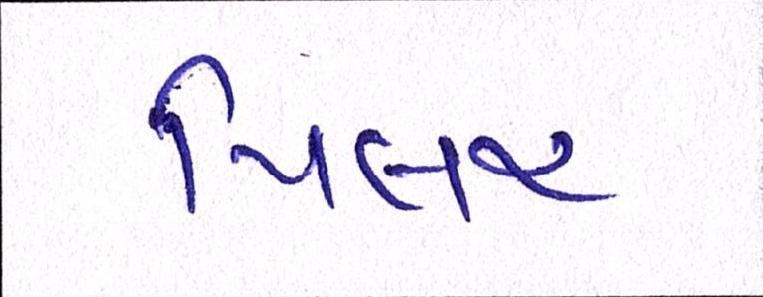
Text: પિલર